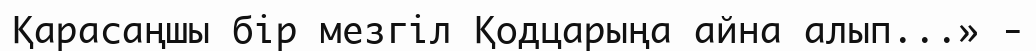
Қарасаңшы бір мезгіл Қодцарыңа айна алып...» -